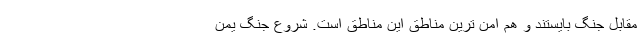
مقابل جنگ بایستند و هم امن ترین مناطق این مناطق است. شروع جنگ یمن